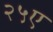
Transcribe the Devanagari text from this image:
२५ए